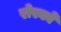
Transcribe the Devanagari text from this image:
रोस्कों